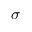
\sigma